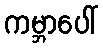
ကမ္ဘာပေါ်